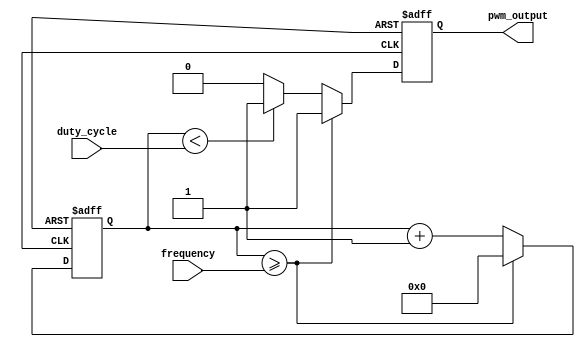
module pulse_generator(
    input wire [7:0] duty_cycle,
    input wire [15:0] frequency,
    output reg pwm_output
);

reg [15:0] counter;

always @ (posedge clk or posedge rst) begin
    if (rst) begin
        counter <= 16'b0;
        pwm_output <= 1'b0;
    end else begin
        counter <= counter + 1;
        if (counter >= frequency) begin
            counter <= 16'b0;
            pwm_output <= 1'b1;
        end else begin
            pwm_output <= (counter < duty_cycle) ? 1'b1 : 1'b0;
        end
    end
end

endmodule